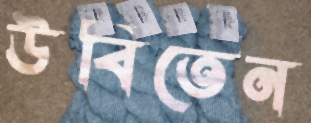
উবিতেন